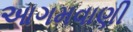
આગમવાણી